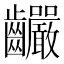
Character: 䶫